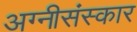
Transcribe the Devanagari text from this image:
अग्नीसंस्कार